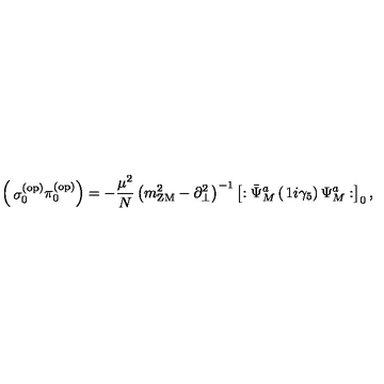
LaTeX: \left( \begin{matrix} { \sigma _ { 0 } ^ { ( \mathrm { o p ) } } } \\ { \pi _ { 0 } ^ { ( \mathrm { o p ) } } } \\ \end{matrix} \right) = - { \frac { \mu ^ { 2 } } { N } } \left( m _ { \mathrm { Z M } } ^ { 2 } - \partial _ { \bot } ^ { 2 } \right) ^ { - 1 } \left[ : \bar { \Psi } _ { M } ^ { a } \left( \begin{matrix} { 1 } \\ { i \gamma _ { 5 } } \\ \end{matrix} \right) \Psi _ { M } ^ { a } : \right] _ { 0 } ,